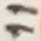
Text: 11